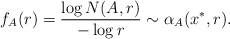
\begin{align*}f_{A}(r)=\frac{\log N(A,r)}{-\log r}\sim\alpha_{A}(x^{\ast},r).\end{align*}